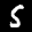
Label: 5